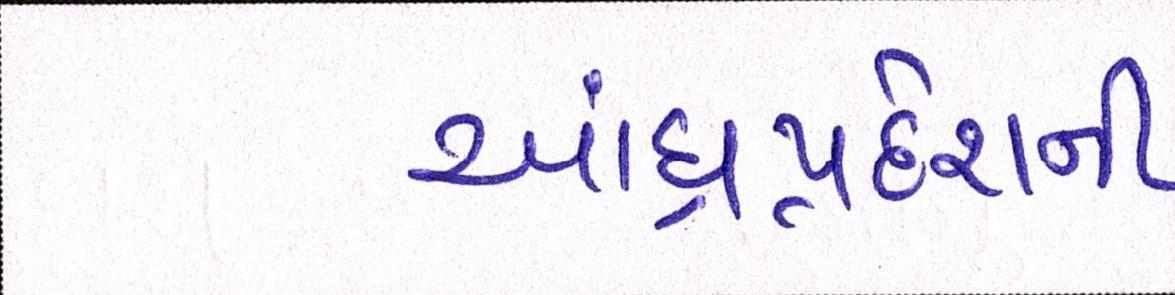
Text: આંધ્રપ્રદેશની